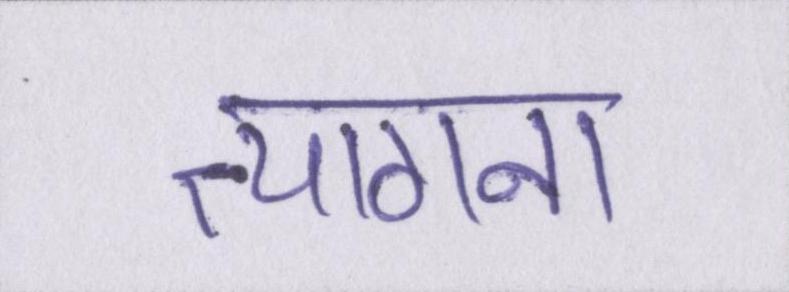
त्यागना